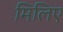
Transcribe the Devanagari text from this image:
मिलिए